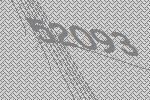
52093